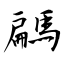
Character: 騗